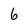
Character: 6